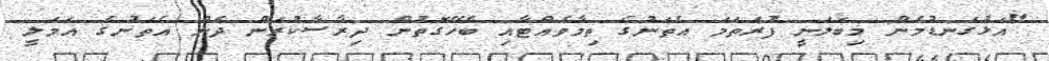
"އަޅުގަނޑުމެން މިބަލަނީ ފުރަތަމަ އެތަނުގެ ތިމާވެއްޓާއި ބެހޭގޮތުން ދިރާސާކުރަން ދެން އެތަނުގެ އަމަލީ